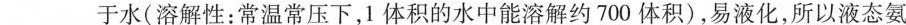
___于水（溶解性：常温常压下，1体积的水中能溶解约700体积），易液化，所以液态氨